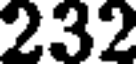
232